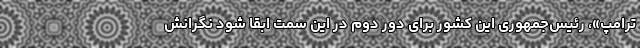
ترامپ»، رئیس‌جمهوری این کشور برای دور دوم در این سمت ابقا شود نگرانش